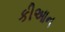
કીઆન